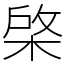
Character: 棨